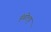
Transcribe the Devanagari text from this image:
हंबोल्ड्ट